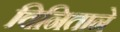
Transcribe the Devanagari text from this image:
विनिताने